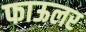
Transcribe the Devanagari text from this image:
फाऊलर